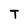
Character: T